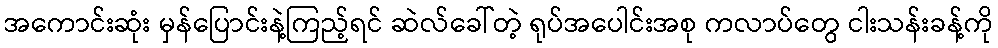
အကောင်းဆုံး မှန်ပြောင်းနဲ့ကြည့်ရင် ဆဲလ်ခေါ်တဲ့ ရုပ်အပေါင်းအစု ကလာပ်တွေ ငါးသန်းခန့်ကို